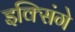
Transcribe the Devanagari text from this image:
इक्सिंगे